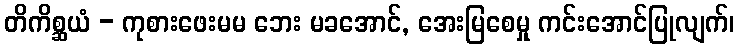
တိကိစ္ဆယံ - ကုစားဖေးမမ ဘေး မခအောင်, အေးမြစေမှု ကင်းအောင်ပြုလျက်၊